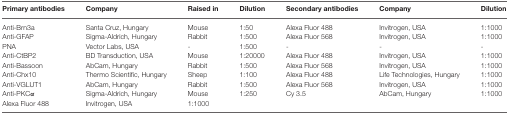
| Primary antibodies | Company | Raised in | Dilution | Secondary antibodies | Company | Dilution |
 | --- | --- | --- | --- | --- | --- | --- |
 | Anti-Brn3a | Santa Cruz, Hungary | Mouse | 1:50 | Alexa Fluor 488 | Invitrogen, USA | 1:1000 |
 | Anti-GFAP | Sigma-Aldrich, Hungary | Rabbit | 1:500 | Alexa Fluor 568 | Invitrogen, USA | 1:1000 |
 | PNA | Vector Labs, USA | - | 1:500 | - | - | - |
 | Anti-CtBP2 | BD Transduction, USA | Mouse | 1:20000 | Alexa Fluor 488 | Invitrogen, USA | 1:1000 |
 | Anti-Bassoon | AbCam, Hungary | Rabbit | 1:500 | Alexa Fluor 568 | Invitrogen, USA | 1:1000 |
 | Anti-Chx10 | Thermo Scientific, Hungary | Sheep | 1:100 | Alexa Fluor 488 | Life Technologies, Hungary | 1:1000 |
 | Anti-VGLUT1 | AbCam, Hungary | Rabbit | 1:500 | Alexa Fluor 568 | Invitrogen, USA | 1:1000 |
 | Anti-PKCα | Sigma-Aldrich, Hungary | Mouse | 1:250 | Cy 3.5 | AbCam, Hungary | 1:1000 |
 | Alexa Fluor 488 | Invitrogen, USA | 1:1000 |